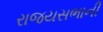
રાજયસભાની